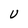
Character: U